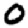
Digit: 0